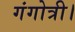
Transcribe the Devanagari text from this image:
गंगोत्री।